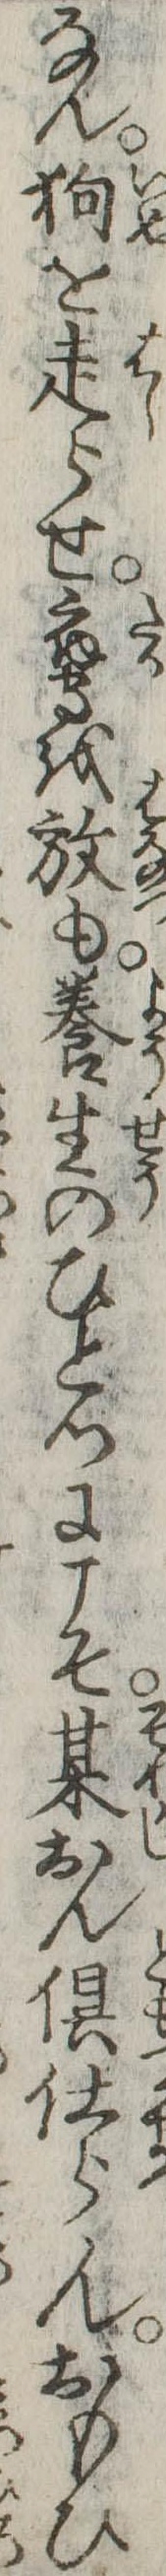
なん狗を走らせ鷹を放も養生のひとつにこそ某おん倶仕らんおもひ